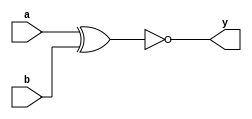
`timescale 1ns / 1ps
//////////////////////////////////////////////////////////////////////////////////
// Company: 
// Engineer: 
// 
// Design Name: 
// Module Name:    one_xnor 
// Project Name: 
// Target Devices: 
// Tool versions: 
// Description: 
//
// Dependencies: 
//
// Revision: 
// Revision 0.01 - File Created
// Additional Comments: 
//
//////////////////////////////////////////////////////////////////////////////////
module one_xnor(a,b,y);
input a,b;
output y;
xnor op(y,a,b);
endmodule